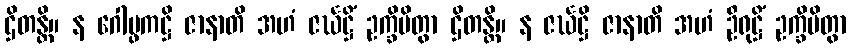
ဌိတန္တိ။ န ဂေါပ္ဖကဋ္ဌိ ဇာနာတိ အဟံ ဇင်္ဃဋ္ဌိံ ဥက္ခိပိတွာ ဌိတန္တိ။ န ဇင်္ဃဋ္ဌိ ဇာနာတိ အဟံ ဦရုဋ္ဌိံ ဥက္ခိပိတွာ